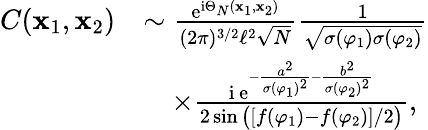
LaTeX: \begin{array}{rl}{C(\textbf x_{1},\textbf x_{2})}&{\sim\frac{\mathrm{e}^{\mathrm{i}\Theta_{N}(\textbf x_{1},\textbf x_{2})}}{(2\pi)^{3/2}\ell^{2}\sqrt{N}}\frac{1}{\sqrt{\sigma(\varphi_{1})\sigma(\varphi_{2})}}}\\ &{\quad\times\frac{\mathrm{i}\, \mathrm{e}^{-\frac{a^{2}}{\sigma(\varphi_{1})^{2}}-\frac{b^{2}}{\sigma(\varphi_{2})^{2}}}}{2\sin\big([f(\varphi_{1})-f(\varphi_{2})]/2\big)},}\end{array}